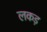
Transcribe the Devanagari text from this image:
लकड़